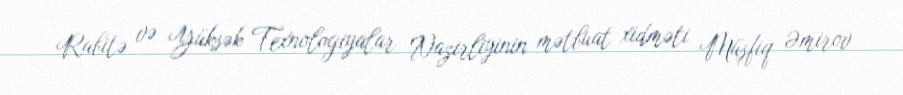
Rabitə və Yüksək Texnologiyalar Nazirliyinin mətbuat xidməti Müşfiq Əmirov